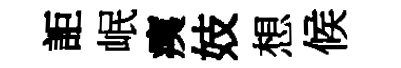
詎岷痍妓想候